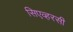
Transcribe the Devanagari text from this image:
सिएव्हरसी